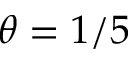
\theta = 1 / 5